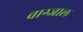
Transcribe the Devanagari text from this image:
वाग्जाल